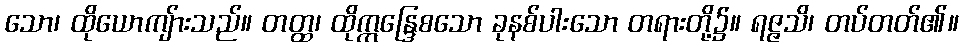
သော၊ ထိုယောကျ်ားသည်။ တတ္ထ၊ ထိုဣန္ဒြေစသော ခုနစ်ပါးသော တရားတို့၌။ ရဇ္ဇသိ၊ တပ်တတ်၏။